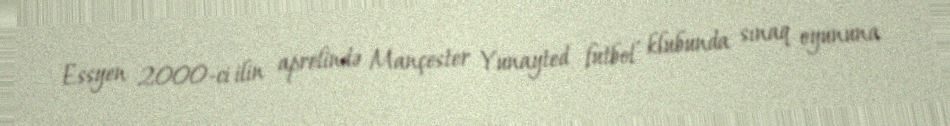
Essyen 2000-ci ilin aprelində Mançester Yunayted futbol klubunda sınaq oyununa